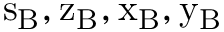
\mathrm { s _ { B } , z _ { B } , x _ { B } , y _ { B } }